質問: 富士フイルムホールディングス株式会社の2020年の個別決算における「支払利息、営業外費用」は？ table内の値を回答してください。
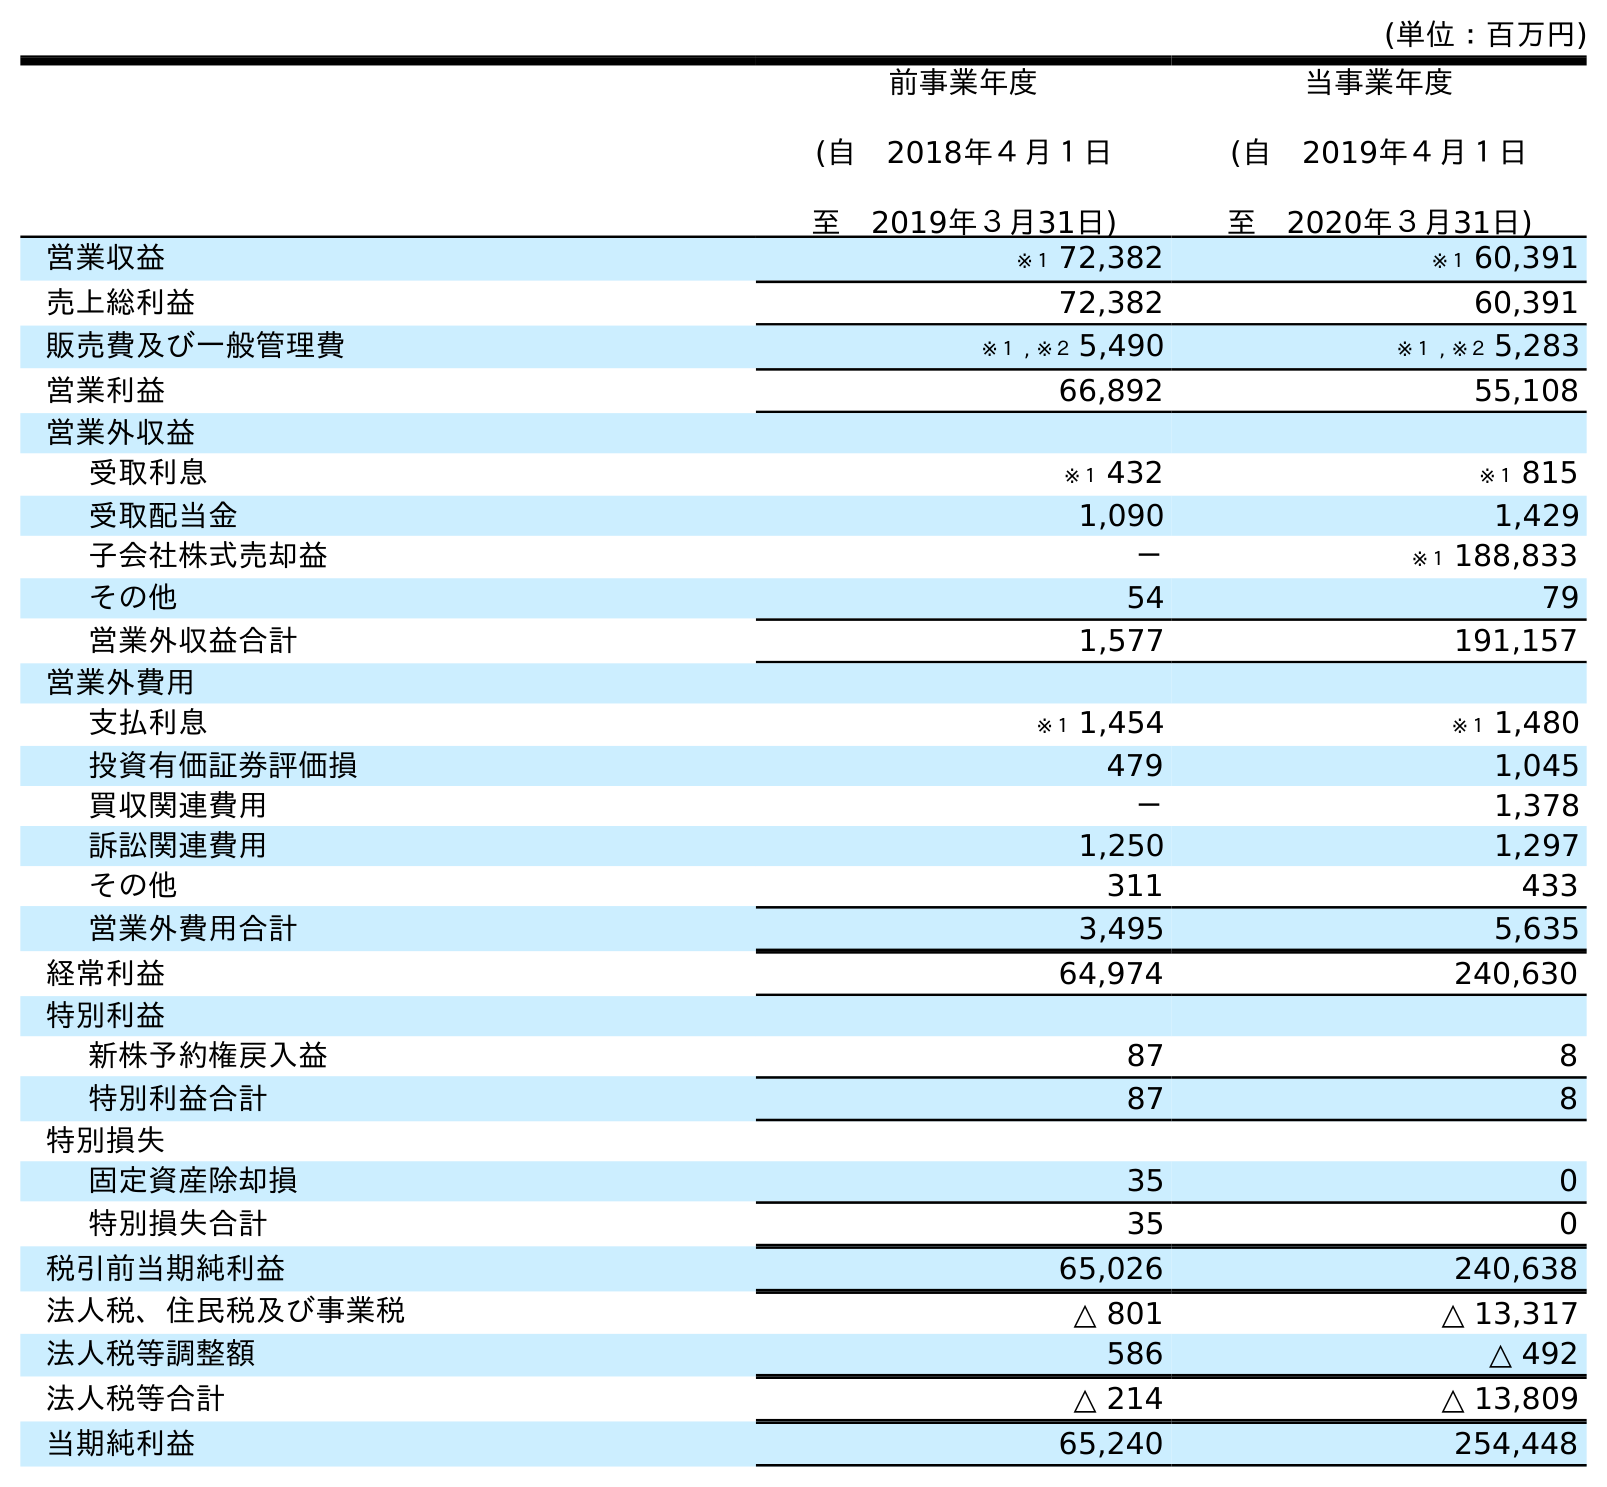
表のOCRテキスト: (単位：百万円) 前事業年度 (自 2018年４月１日 至 2019年３月31日) 当事業年度 (自 2019年４月１日 至 2020年３月31日) 営業収益 ※１ 72,382 ※１ 60,391 売上総利益 72,382 60,391 販売費及び一般管理費 ※１ , ※２ 5,490 ※１ , ※２ 5,283 営業利益 66,892 55,108 営業外収益 受取利息 ※１ 432 ※１ 815 受取配当金 1,090 1,429 子会社株式売却益 － ※１ 188,833 その他 54 79 営業外収益合計 1,577 191,157 営業外費用 支払利息 ※１ 1,454 ※１ 1,480 投資有価証券評価損 479 1,045 買収関連費用 － 1,378 訴訟関連費用 1,250 1,297 その他 311 433 営業外費用合計 3,495 5,635 経常利益 64,974 240,630 特別利益 新株予約権戻入益 87 8 特別利益合計 87 8 特別損失 固定資産除却損 35 0 特別損失合計 35 0 税引前当期純利益 65,026 240,638 法人税、住民税及び事業税 △ 801 △ 13,317 法人税等調整額 586 △ 492 法人税等合計 △ 214 △ 13,809 当期純利益 65,240 254,448
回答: ※１1,480